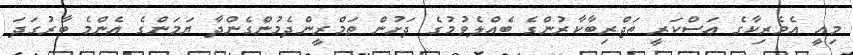
މިއީ އެމެރިކާގެ ޢަސްކަރީ ތަޖްރިބާކާރުންގެ ބެއްލެވުމުގެ ދަށުން ތަމްރީންދެމުންގެންދާ ޔަމަންގެ އެންމެ ބާރުގަދަ